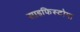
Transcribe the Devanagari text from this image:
साइफिस्टोमा